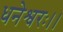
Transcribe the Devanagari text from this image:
धनेश्वरः।।